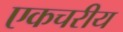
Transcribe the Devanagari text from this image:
एकचरीय